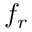
f _ { r }